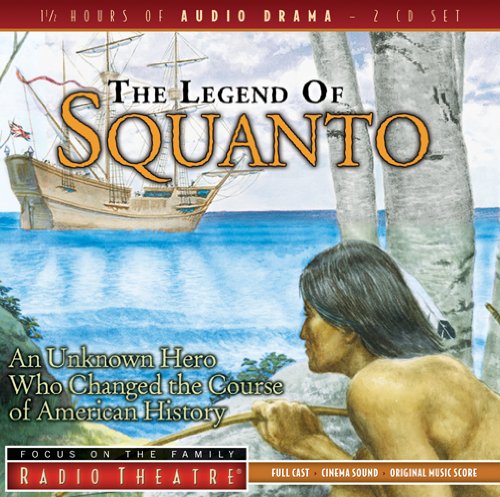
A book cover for The Legend of Squanto (Radio Theatre); Humor & Entertainment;